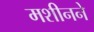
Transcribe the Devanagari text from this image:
मशीनने